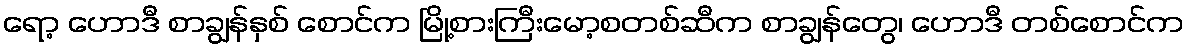
ရော့ ဟောဒီ စာချွန်နှစ် စောင်က မြို့စားကြီးမော့စတစ်ဆီက စာချွန်တွေ၊ ဟောဒီ တစ်စောင်က